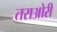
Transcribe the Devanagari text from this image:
तराओरी